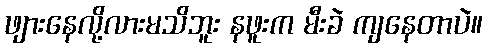
ဖျားနေလို့လားမသိဘူး နဖူးက မီးခဲ ကျနေတာပဲ။